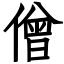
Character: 僧